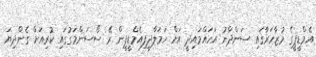
އެމްޑީޕީގެ މުޒާހަރާގައި ސަންދާނު އަހައްމައިދީ އަށް ހަމަލާދީފިއެމްޑީޕީން ރޭ ސޯސަންމަގުގައި ކުރިއަށް ގެންދިޔަ